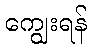
ကျွေးရန်